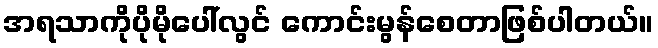
အရသာကိုပိုမိုပေါ်လွင် ကောင်းမွန်စေတာဖြစ်ပါတယ်။